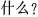
什么?